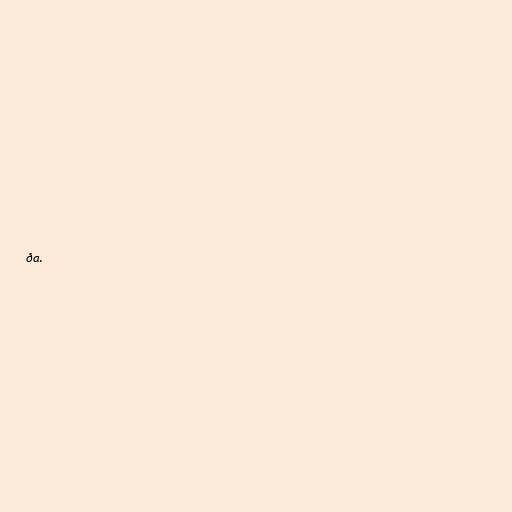
ða.